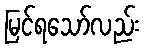
မြင်ရသော်လည်း